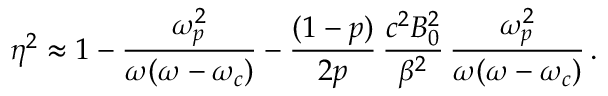
\eta ^ { 2 } \approx 1 - \frac { \omega _ { p } ^ { 2 } } { \omega ( \omega - \omega _ { c } ) } - \frac { ( 1 - p ) } { 2 p } \, \frac { c ^ { 2 } B _ { 0 } ^ { 2 } } { \beta ^ { 2 } } \, \frac { \omega _ { p } ^ { 2 } } { \omega ( \omega - \omega _ { c } ) } \, .